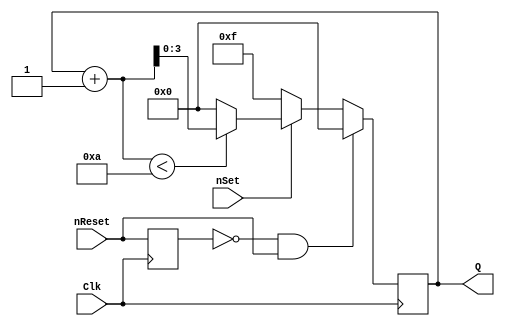
module CptNBitsNat(Clk, Q, nSet, nReset);

parameter OUTPUT_SIZE = 4;
parameter MODULO_VALUE = 10;
parameter SET_POLARITY = 0; 
parameter RESET_POLARITY = 0;
parameter CLK_ACTIVE_EDGE = 1;

input Clk;
input nSet, nReset;

output[(OUTPUT_SIZE-1):0] Q;
reg[(OUTPUT_SIZE-1):0] Q;
reg nReset_prec;

wire iClk;

always @(negedge(iClk))
begin

	if (!nReset_prec && nReset)
		begin
			Q <= 0;
		end
		
	else
	begin 
		
		if (nSet == SET_POLARITY)
		begin 
			Q <= 2**(OUTPUT_SIZE) - 1;
		end
		else
			begin
				if((Q+1) < MODULO_VALUE)
				begin
					Q <= Q + 1;
				end
				else
				begin
					Q <= 0;
				end
			end
		
	end
	
	nReset_prec <= nReset;
	
end

assign iClk = (CLK_ACTIVE_EDGE == 0) ? Clk : ~Clk;

endmodule